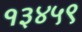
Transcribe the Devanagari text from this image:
१३४५९